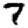
Digit: 7